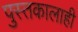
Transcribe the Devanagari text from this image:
पुस्तकालाही